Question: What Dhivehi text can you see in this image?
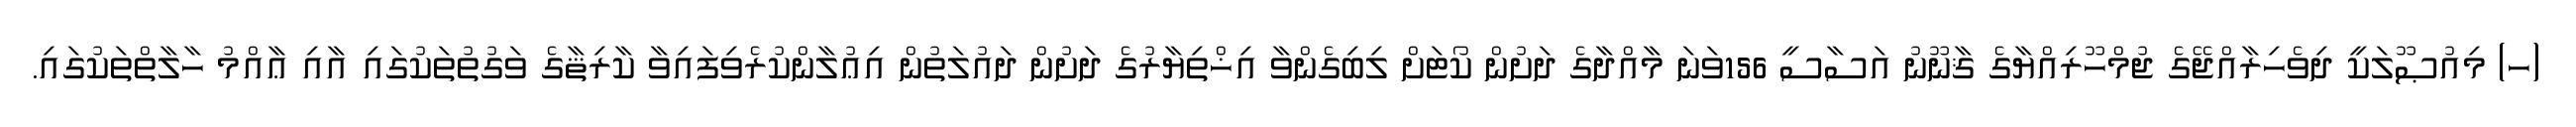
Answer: (ހ) މިއުޞޫލަކީ ދިވެހިރާއްޖޭގެ ޖުމްހޫރިއްޔާގެ ޤާނޫނު އަސާސީ 156ވަނަ މާއްދާގެ ދަށުން ކޯޓަށް ލިބިގެންވާ އިޚްތިޔާރުގެ ދަށުން ދައުލަތުން އިޢުލާންކުރެވިފައިވާ ކާރިޘާގެ ވަގުތުތަކުގައި އާއި ޢާއްމު ހާލާތްތަކުގައި.